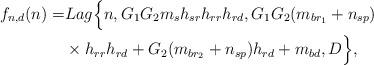
LaTeX: \begin{align*}f_{n,d}(n) =& Lag\Big\{ n, G_1G_2 m_s h_{sr} h_{rr}h_{rd}, G_1G_2 (m_{br_1}+ n_{sp}) \\& \times h_{rr}h_{rd} + G_2 (m_{br_2} + n_{sp})h_{rd} + m_{bd} , D \Big\},\end{align*}